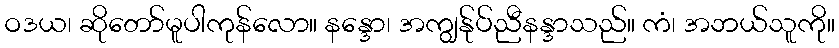
ဝဒယ၊ ဆိုတော်မူပါကုန်လော။ နန္ဒော၊ အကျွန်ုပ်ညီနန္ဒာသည်။ ကံ၊ အဘယ်သူကို။